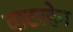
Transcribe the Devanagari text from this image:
वाटरहेन